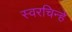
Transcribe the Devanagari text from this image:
स्वरचिन्हे